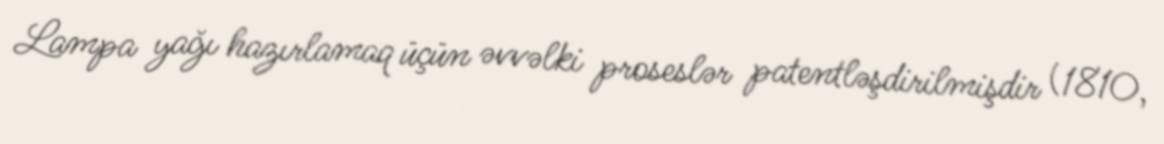
Lampa yağı hazırlamaq üçün əvvəlki proseslər patentləşdirilmişdir (1810,